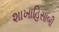
શાખાહિસાબી